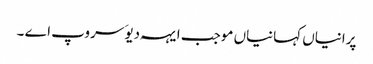
پرانیاں کہانیاں موجب ایہہ دیوَ سروپ اے ۔